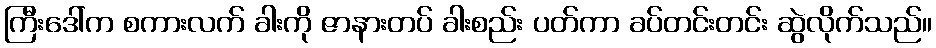
ကြီးဒေါ်က စကားလက် ခါးကို ဇာနားတပ် ခါးစည်း ပတ်ကာ ခပ်တင်းတင်း ဆွဲလိုက်သည်။